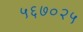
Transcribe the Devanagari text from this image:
५६७०२५